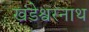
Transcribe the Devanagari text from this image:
खंडेश्वरनाथ